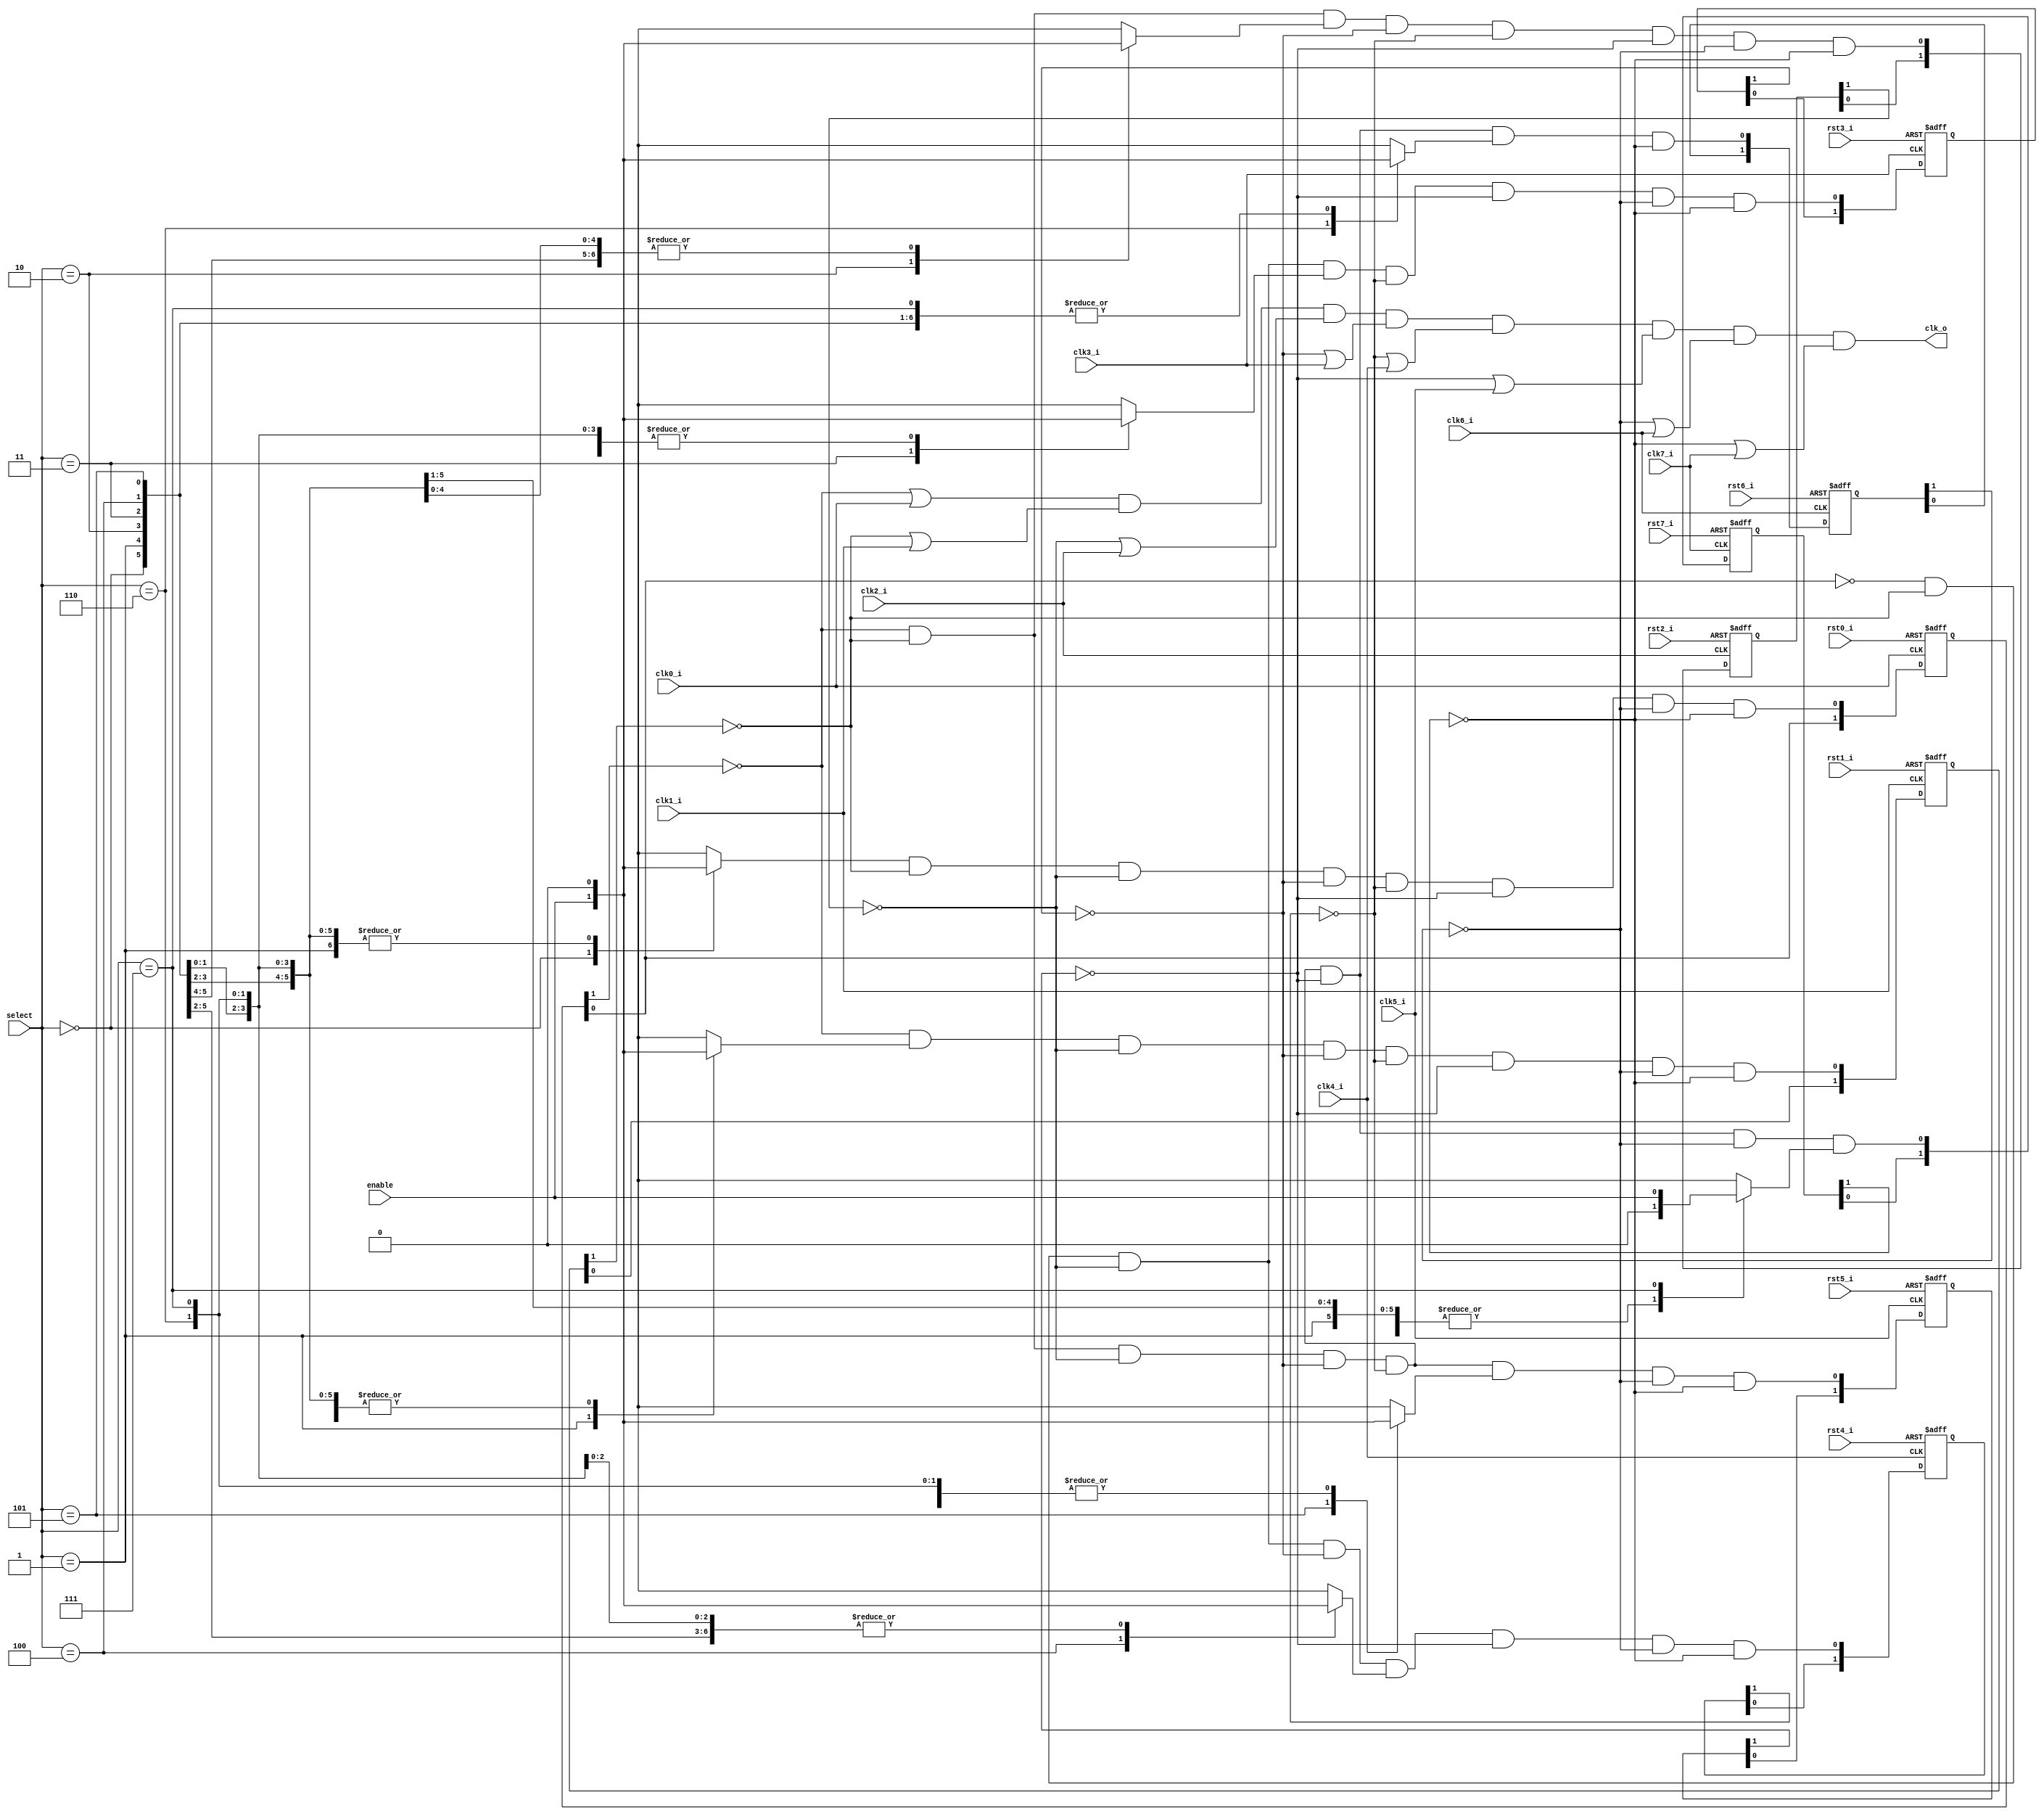
//////////////////////////////////////////////////////////////////////
////                                                              ////
//// clock_switch8_basic.v                                        ////
////                                                              ////
//// This file is part of the boundaries opencores effort.        ////
//// <http://www.opencores.org/cores/boundaries/>                 ////
////                                                              ////
//// Module Description:                                          ////
////                                                              ////
//// 1-of-8 glitchless clock switcher                             ////
////                                                              ////
//// The 8 clocks, enable, and select are assumed to be           ////
//// asynchronous.                                                ////
////                                                              ////
//// Selecting/deselecting a stopped clock is not handled.        ////
////                                                              ////
//// To Do:                                                       ////
//// Verify in silicon.                                           ////
////                                                              ////
//// Author(s):                                                   ////
//// - Shannon Hill                                               ////
//// (based on "Techniques to make clock switching glitch free"   ////
//// By Rafey Mahmud; EEdesign.com June 26, 2003)                 ////
////                                                              ////
//// http://www.eedesign.com/showArticle.jhtml?articleID=16501239 ////
////                                                              ////
//// (modified to use only positive edge flops; stall the output  ////
////  clock high).                                                ////
////                                                              ////
//////////////////////////////////////////////////////////////////////
////                                                              ////
//// Copyright (C) 2004 Shannon Hill and OPENCORES.ORG            ////
////                                                              ////
//// This source file may be used and distributed without         ////
//// restriction provided that this copyright statement is not    ////
//// removed from the file and that any derivative work contains  ////
//// the original copyright notice and the associated disclaimer. ////
////                                                              ////
//// This source file is free software; you can redistribute it   ////
//// and/or modify it under the terms of the GNU Lesser General   ////
//// Public License as published by the Free Software Foundation; ////
//// either version 2.1 of the License, or (at your option) any   ////
//// later version.                                               ////
////                                                              ////
//// This source is distributed in the hope that it will be       ////
//// useful, but WITHOUT ANY WARRANTY; without even the implied   ////
//// warranty of MERCHANTABILITY or FITNESS FOR A PARTICULAR      ////
//// PURPOSE. See the GNU Lesser General Public License for more  ////
//// details.                                                     ////
////                                                              ////
//// You should have received a copy of the GNU Lesser General    ////
//// Public License along with this source; if not, download it   ////
//// from <http://www.opencores.org/lgpl.shtml>                   ////
////                                                              ////
//////////////////////////////////////////////////////////////////////
//
// $Id: clock_switch8_basic.v,v 1.1 2004/07/07 12:41:17 esquehill Exp $
//
// CVS Revision History
//
// $Log: clock_switch8_basic.v,v $
// Revision 1.1  2004/07/07 12:41:17  esquehill
// Initial.
//
//
//
module clock_switch8_basic( /*AUTOARG*/
// Outputs
clk_o, 
// Inputs
rst0_i, clk0_i, rst1_i, clk1_i, rst2_i, clk2_i, rst3_i, clk3_i, 
rst4_i, clk4_i, rst5_i, clk5_i, rst6_i, clk6_i, rst7_i, clk7_i, 
enable, select
);

input        rst0_i;
input        clk0_i;
input        rst1_i;
input        clk1_i;
input        rst2_i;
input        clk2_i;
input        rst3_i;
input        clk3_i;
input        rst4_i;
input        clk4_i;
input        rst5_i;
input        clk5_i;
input        rst6_i;
input        clk6_i;
input        rst7_i;
input        clk7_i;

input        enable;   // start/stop clock
input  [2:0] select;   // select a source clock
output       clk_o;

reg    [1:0] ssync0;   // selection synchronizers...
reg    [1:0] ssync1;
reg    [1:0] ssync2;
reg    [1:0] ssync3;
reg    [1:0] ssync4;
reg    [1:0] ssync5;
reg    [1:0] ssync6;
reg    [1:0] ssync7;

reg    [7:0] decode;   // 1-of-8 decode

always @( select or enable )
begin
          decode    = 8'h0;
 case( select )
 3'b000:  decode[0] = enable;
 3'b001:  decode[1] = enable;
 3'b010:  decode[2] = enable;
 3'b011:  decode[3] = enable;
 3'b100:  decode[4] = enable;
 3'b101:  decode[5] = enable;
 3'b110:  decode[6] = enable;
 3'b111:  decode[7] = enable;
 default: decode    = 8'h0;
 endcase
end

always @( posedge clk0_i or posedge rst0_i )
if( rst0_i )     ssync0 <= 2'b0;
else ssync0 <= { ssync0[0], ( decode[0] &
                             ~ssync1[1] &
                             ~ssync2[1] &
                             ~ssync3[1] &
                             ~ssync4[1] &
                             ~ssync5[1] &
                             ~ssync6[1] &
                             ~ssync7[1] ) }; // async input

always @( posedge clk1_i or posedge rst1_i )
if( rst1_i )     ssync1 <= 2'b0;
else ssync1 <= { ssync1[0], (~ssync0[1] &
                              decode[1] &
                             ~ssync2[1] &
                             ~ssync3[1] &
                             ~ssync4[1] &
                             ~ssync5[1] &
                             ~ssync6[1] &
                             ~ssync7[1] ) }; // async input

always @( posedge clk2_i or posedge rst2_i )
if( rst2_i )     ssync2 <= 2'b0;
else ssync2 <= { ssync2[0], (~ssync0[1] &
                             ~ssync1[1] &
                              decode[2] &
                             ~ssync3[1] &
                             ~ssync4[1] &
                             ~ssync5[1] &
                             ~ssync6[1] &
                             ~ssync7[1] ) }; // async input

always @( posedge clk3_i or posedge rst3_i )
if( rst3_i )     ssync3 <= 2'b0;
else ssync3 <= { ssync3[0], (~ssync0[0] &
                             ~ssync1[1] &
                             ~ssync2[1] &
                              decode[3] &
                             ~ssync4[1] &
                             ~ssync5[1] &
                             ~ssync6[1] &
                             ~ssync7[1] ) }; // async input

always @( posedge clk4_i or posedge rst4_i )
if( rst4_i )     ssync4 <= 2'b0;
else ssync4 <= { ssync4[0], (~ssync0[0] &
                             ~ssync1[1] &
                             ~ssync2[1] &
                             ~ssync3[1] &
                              decode[4] &
                             ~ssync5[1] &
                             ~ssync6[1] &
                             ~ssync7[1] ) }; // async input

always @( posedge clk5_i or posedge rst5_i )
if( rst5_i )     ssync5 <= 2'b0;
else ssync5 <= { ssync5[0], (~ssync0[1] &
                             ~ssync1[1] &
                             ~ssync2[1] &
                             ~ssync3[1] &
                             ~ssync4[1] &
                              decode[5] &
                             ~ssync6[1] &
                             ~ssync7[1] ) }; // async input

always @( posedge clk6_i or posedge rst6_i )
if( rst6_i )     ssync6 <= 2'b0;
else ssync6 <= { ssync6[0], (~ssync0[1] &
                             ~ssync1[1] &
                             ~ssync2[1] &
                             ~ssync3[1] &
                             ~ssync4[1] &
                             ~ssync5[1] &
                              decode[6] &
                             ~ssync7[1] ) }; // async input

always @( posedge clk7_i or posedge rst7_i )
if( rst7_i )     ssync7 <= 2'b0;
else ssync7 <= { ssync7[0], (~ssync0[1] &
                             ~ssync1[1] &
                             ~ssync2[1] &
                             ~ssync3[1] &
                             ~ssync4[1] &
                             ~ssync5[1] &
                             ~ssync6[1] &
                              decode[7] ) }; // async input

wire gclk0 = ~ssync0[1] | clk0_i; // forced high when not selected
wire gclk1 = ~ssync1[1] | clk1_i; // forced high when not selected
wire gclk2 = ~ssync2[1] | clk2_i; // forced high when not selected
wire gclk3 = ~ssync3[1] | clk3_i; // forced high when not selected
wire gclk4 = ~ssync4[1] | clk4_i; // forced high when not selected
wire gclk5 = ~ssync5[1] | clk5_i; // forced high when not selected
wire gclk6 = ~ssync6[1] | clk6_i; // forced high when not selected
wire gclk7 = ~ssync7[1] | clk7_i; // forced high when not selected

wire clk_o =  gclk0 & gclk1 & gclk2 & gclk3 & gclk4 & gclk5 & gclk6 & gclk7;

endmodule